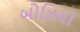
બોઝિયો